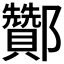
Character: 酇